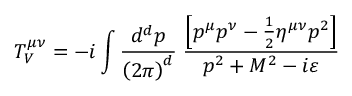
T _ { V } ^ { \mu \nu } = - i \int \frac { d ^ { d } p } { \left( 2 \pi \right) ^ { d } } \; \frac { \left[ p ^ { \mu } p ^ { \nu } - \frac 1 2 \eta ^ { \mu \nu } p ^ { 2 } \right] } { p ^ { 2 } + M ^ { 2 } - i \varepsilon }